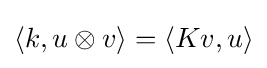
\left\langle k,u\otimes v\right\rangle =\left\langle Kv,u\right\rangle